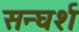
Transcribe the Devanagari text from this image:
सन्घर्श